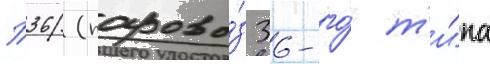
П36 (парово́з 36-го́ т'и́па